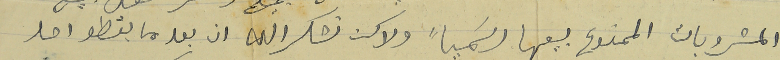
المشروبات الممنوع بيعها رسَمياً ولاكن نشكر الله ان بعد ما لقطو احد